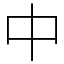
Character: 中